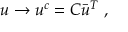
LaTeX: u \rightarrow u ^ { c } = C \bar { u } ^ { T } \; ,